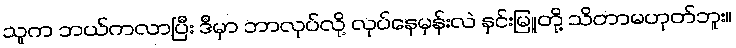
သူက ဘယ်ကလာပြီး ဒီမှာ ဘာလုပ်လို့ လုပ်နေမှန်းလဲ နှင်းမြူတို့ သိတာမဟုတ်ဘူး။